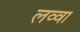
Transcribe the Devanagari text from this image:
लव्वा